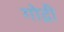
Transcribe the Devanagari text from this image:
गोद्री